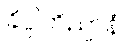
ခိပ္ပါဘိညာနံ